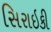
સિરાઇકી